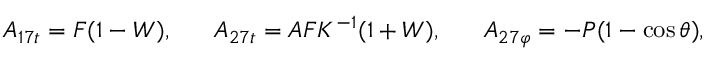
A _ { 1 7 t } = F ( 1 - { \cal W } ) , \ \ \ \ \ A _ { 2 7 t } = A F K ^ { - 1 } ( 1 + { \cal W } ) , \ \ \ \ \ A _ { 2 7 \varphi } = - P ( 1 - \cos \theta ) ,